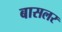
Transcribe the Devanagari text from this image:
बासलर